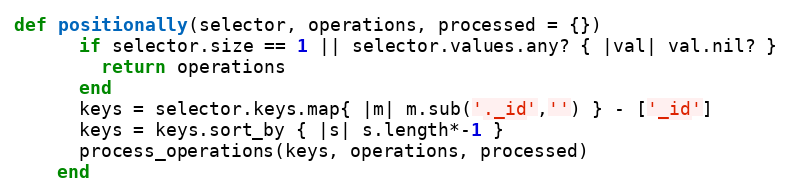
Language: Ruby
def positionally(selector, operations, processed = {})
      if selector.size == 1 || selector.values.any? { |val| val.nil? }
        return operations
      end
      keys = selector.keys.map{ |m| m.sub('._id','') } - ['_id']
      keys = keys.sort_by { |s| s.length*-1 }
      process_operations(keys, operations, processed)
    end